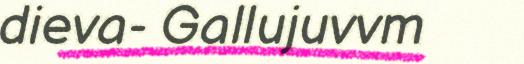
dieva- Gallujuvvm